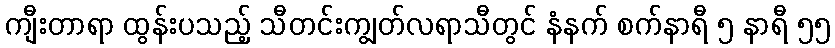
ကျီးတာရာ ထွန်းပသည့် သီတင်းကျွတ်လရာသီတွင် နံနက် စက်နာရီ ၅ နာရီ ၅၅